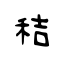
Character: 秸